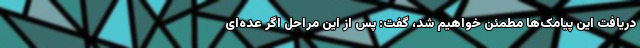
دریافت این پیامک‌ها مطمئن خواهیم شد، گفت: پس از این مراحل اگر عده‌ای